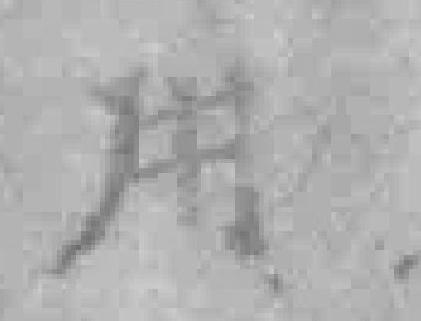
用